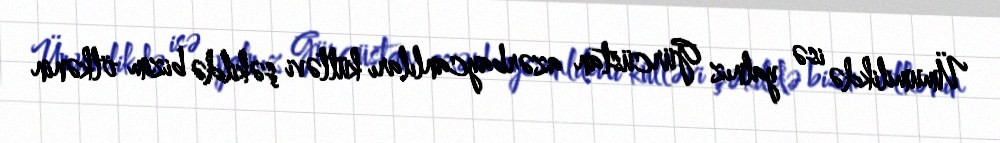
Ümumilikdə isə yalnız Gürcüstan azərbaycanlıları kütləvi şəkildə bizim ölkənin